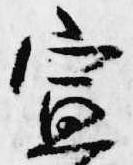
宣